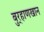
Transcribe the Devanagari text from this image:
बुर्‍हाणखान